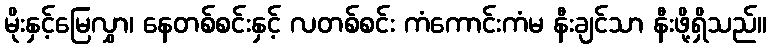
မိုးနှင့်မြေလွှာ၊ နေတစ်စင်းနှင့် လတစ်စင်း ကံကောင်းကံမ နီးချင်သာ နီးဖို့ရှိသည်။